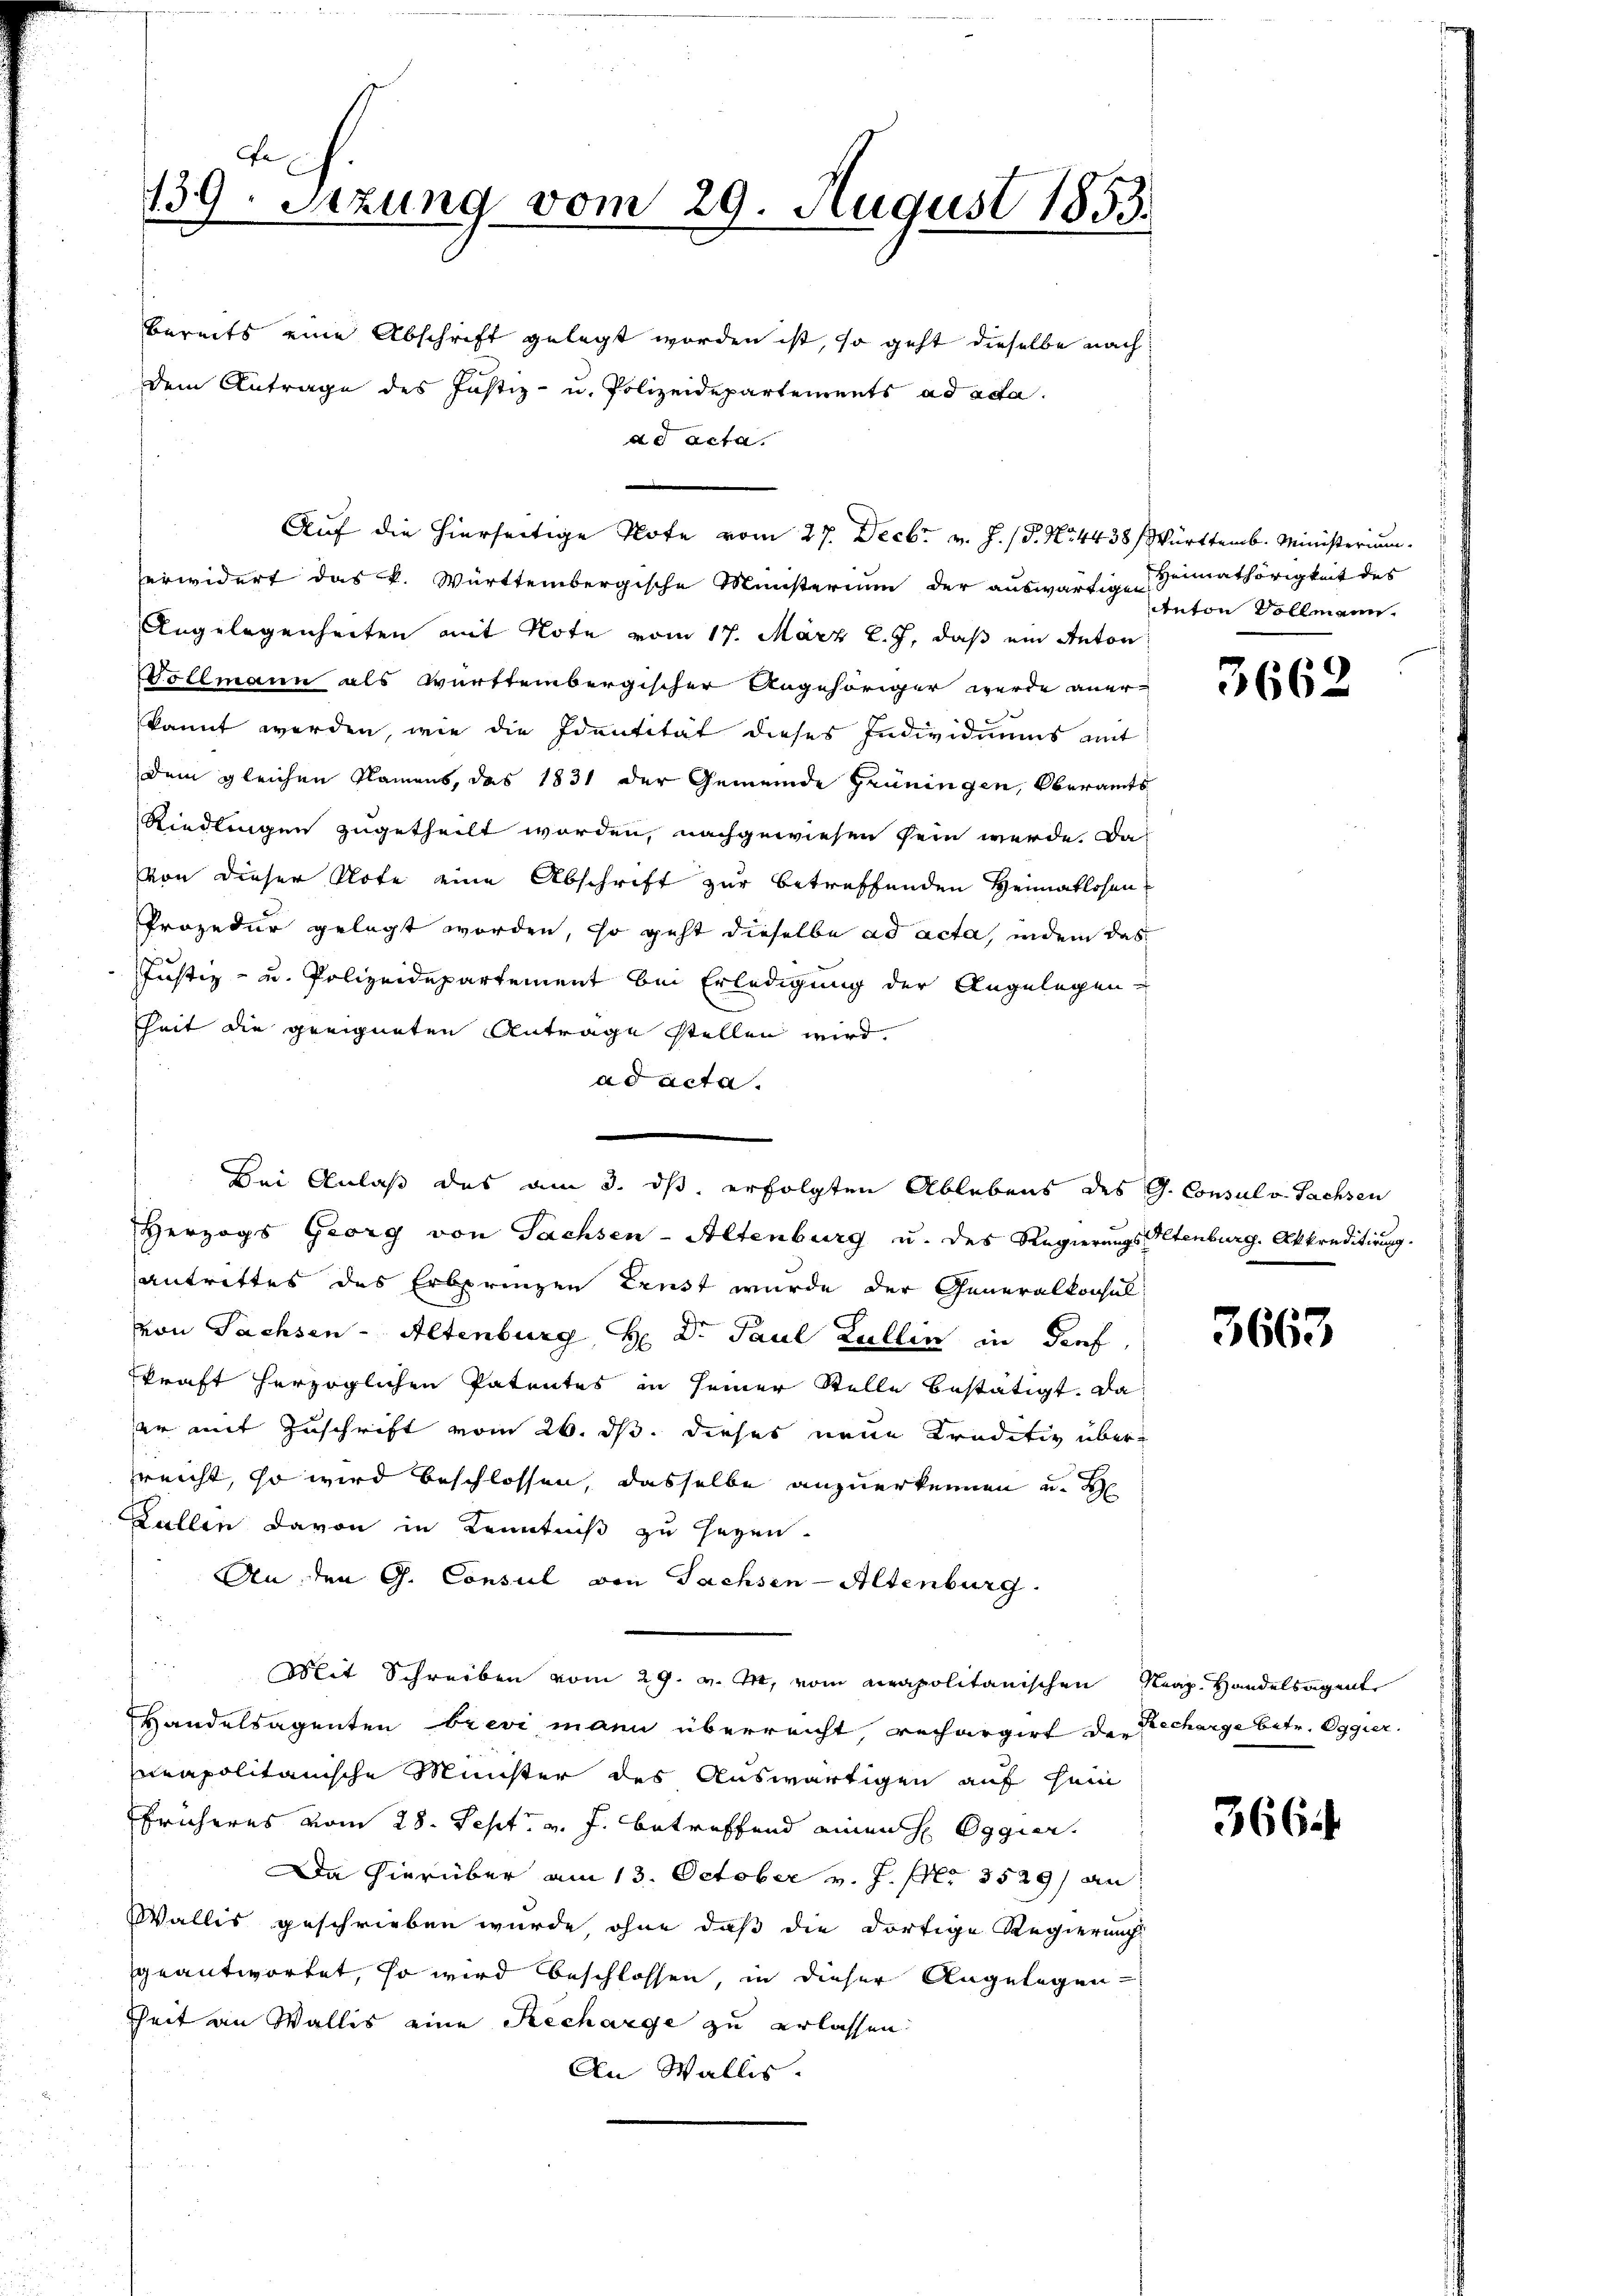
139. Sezung vom 29. August 1853.

bereits eine Abschrift gelegt worden ist, so geht dieselbe nach
erwidert das k. Württembergische Ministerium der auswärtige Heimathörigkeit des
Angelegenheiten mit Note vom 17. März l. J. daß ein Anton
Vollmann als württembergischer Angehöriger wurde anerkannt werden, wie die Identität dieses Individuums mit
dem gleichen Flamens, das 1831 der Gemeinde Henningen, Oberamts
Riedlingen zugetheilt worden, nachgewiesen sein werde. Das
von dieser Note eine Abschrift zur betreffenden Heimatlosen
Prozedur gelegt worden, so geht dieselbe ad acta, indem das
Justiz- u. Polizeidepartement bei Erledigung der Angelegen
heit die geeigneten Antrage stellen wird.
ad acta.
Herzogs Georg von Sachsen-Altenburg u. des Regierungsaltenburg. Akkreditirung.
antrittes des Erbprinzen Ernst wurde der Generalkonsul-
von Sachsen-Altenburg, H. Dr. Paul Lullin in Genf,
kraft herzoglichen Patentes in seiner Stelle bestätigt. Da
er mit Zuschrift vom 26. ds. dieses neue Traditiv überreicht, so wird beschlossen, dasselbe anzuerkennen u. d
Lallen davon in Kenntniß zu seyen.
An den G. Consul von Sachsen-Altenburg
Mit Schreiben vom 29. v. M. vom neapolitanischen Neap. Handelsagent
Handelsagenten brevi mann überreicht, rechargirt de Decharge betr. Oggier
neapolitärische Minister des Auswärtigen auf sein
Früheres vom 28. Sept. v. J. betreffend einen h Oggier
Da hierüber am 13. October v. J. pr 3529) an
Wallis geschrieben wurde, ohne daß die dortige Regierungs
geantwortet, so wird beschlossen, in dieser Angelegen-
Zeit an Wallis eine Recharge zu erlassen.
An Wallis.

dem Antrage des Justiz- u. Polizeidepartements ad ada.
ad acta.

Auf die hierseitige Note vom 27. Decbr v. J. (S. Nr. 4438 / Württemb. Ministerium.

Bei Anlaß das am 3. ds. erfolgten Ablebens des G. Consul v. Sachsen

Anton Vollmann.

3662

3663

3664